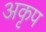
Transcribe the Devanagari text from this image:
अकृप